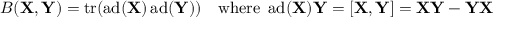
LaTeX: B ( \mathbf { X } , \mathbf { Y } ) = \operatorname { t r } ( \operatorname { a d } ( \mathbf { X } ) \operatorname { a d } ( \mathbf { Y } ) ) \quad { \mathrm { w h e r e ~ } } \operatorname { a d } ( \mathbf { X } ) \mathbf { Y } = [ \mathbf { X } , \mathbf { Y } ] = \mathbf { X } \mathbf { Y } - \mathbf { Y } \mathbf { X }